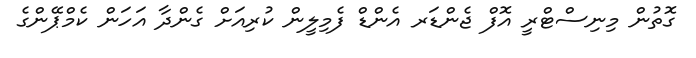
ގޮތުން މިނިސްޓްރީ އޮފް ޖެންޑަރ އެންޑް ފެމިލީން ކުރިއަށް ގެންދާ އަހަން ކެމްޕޭންގެ